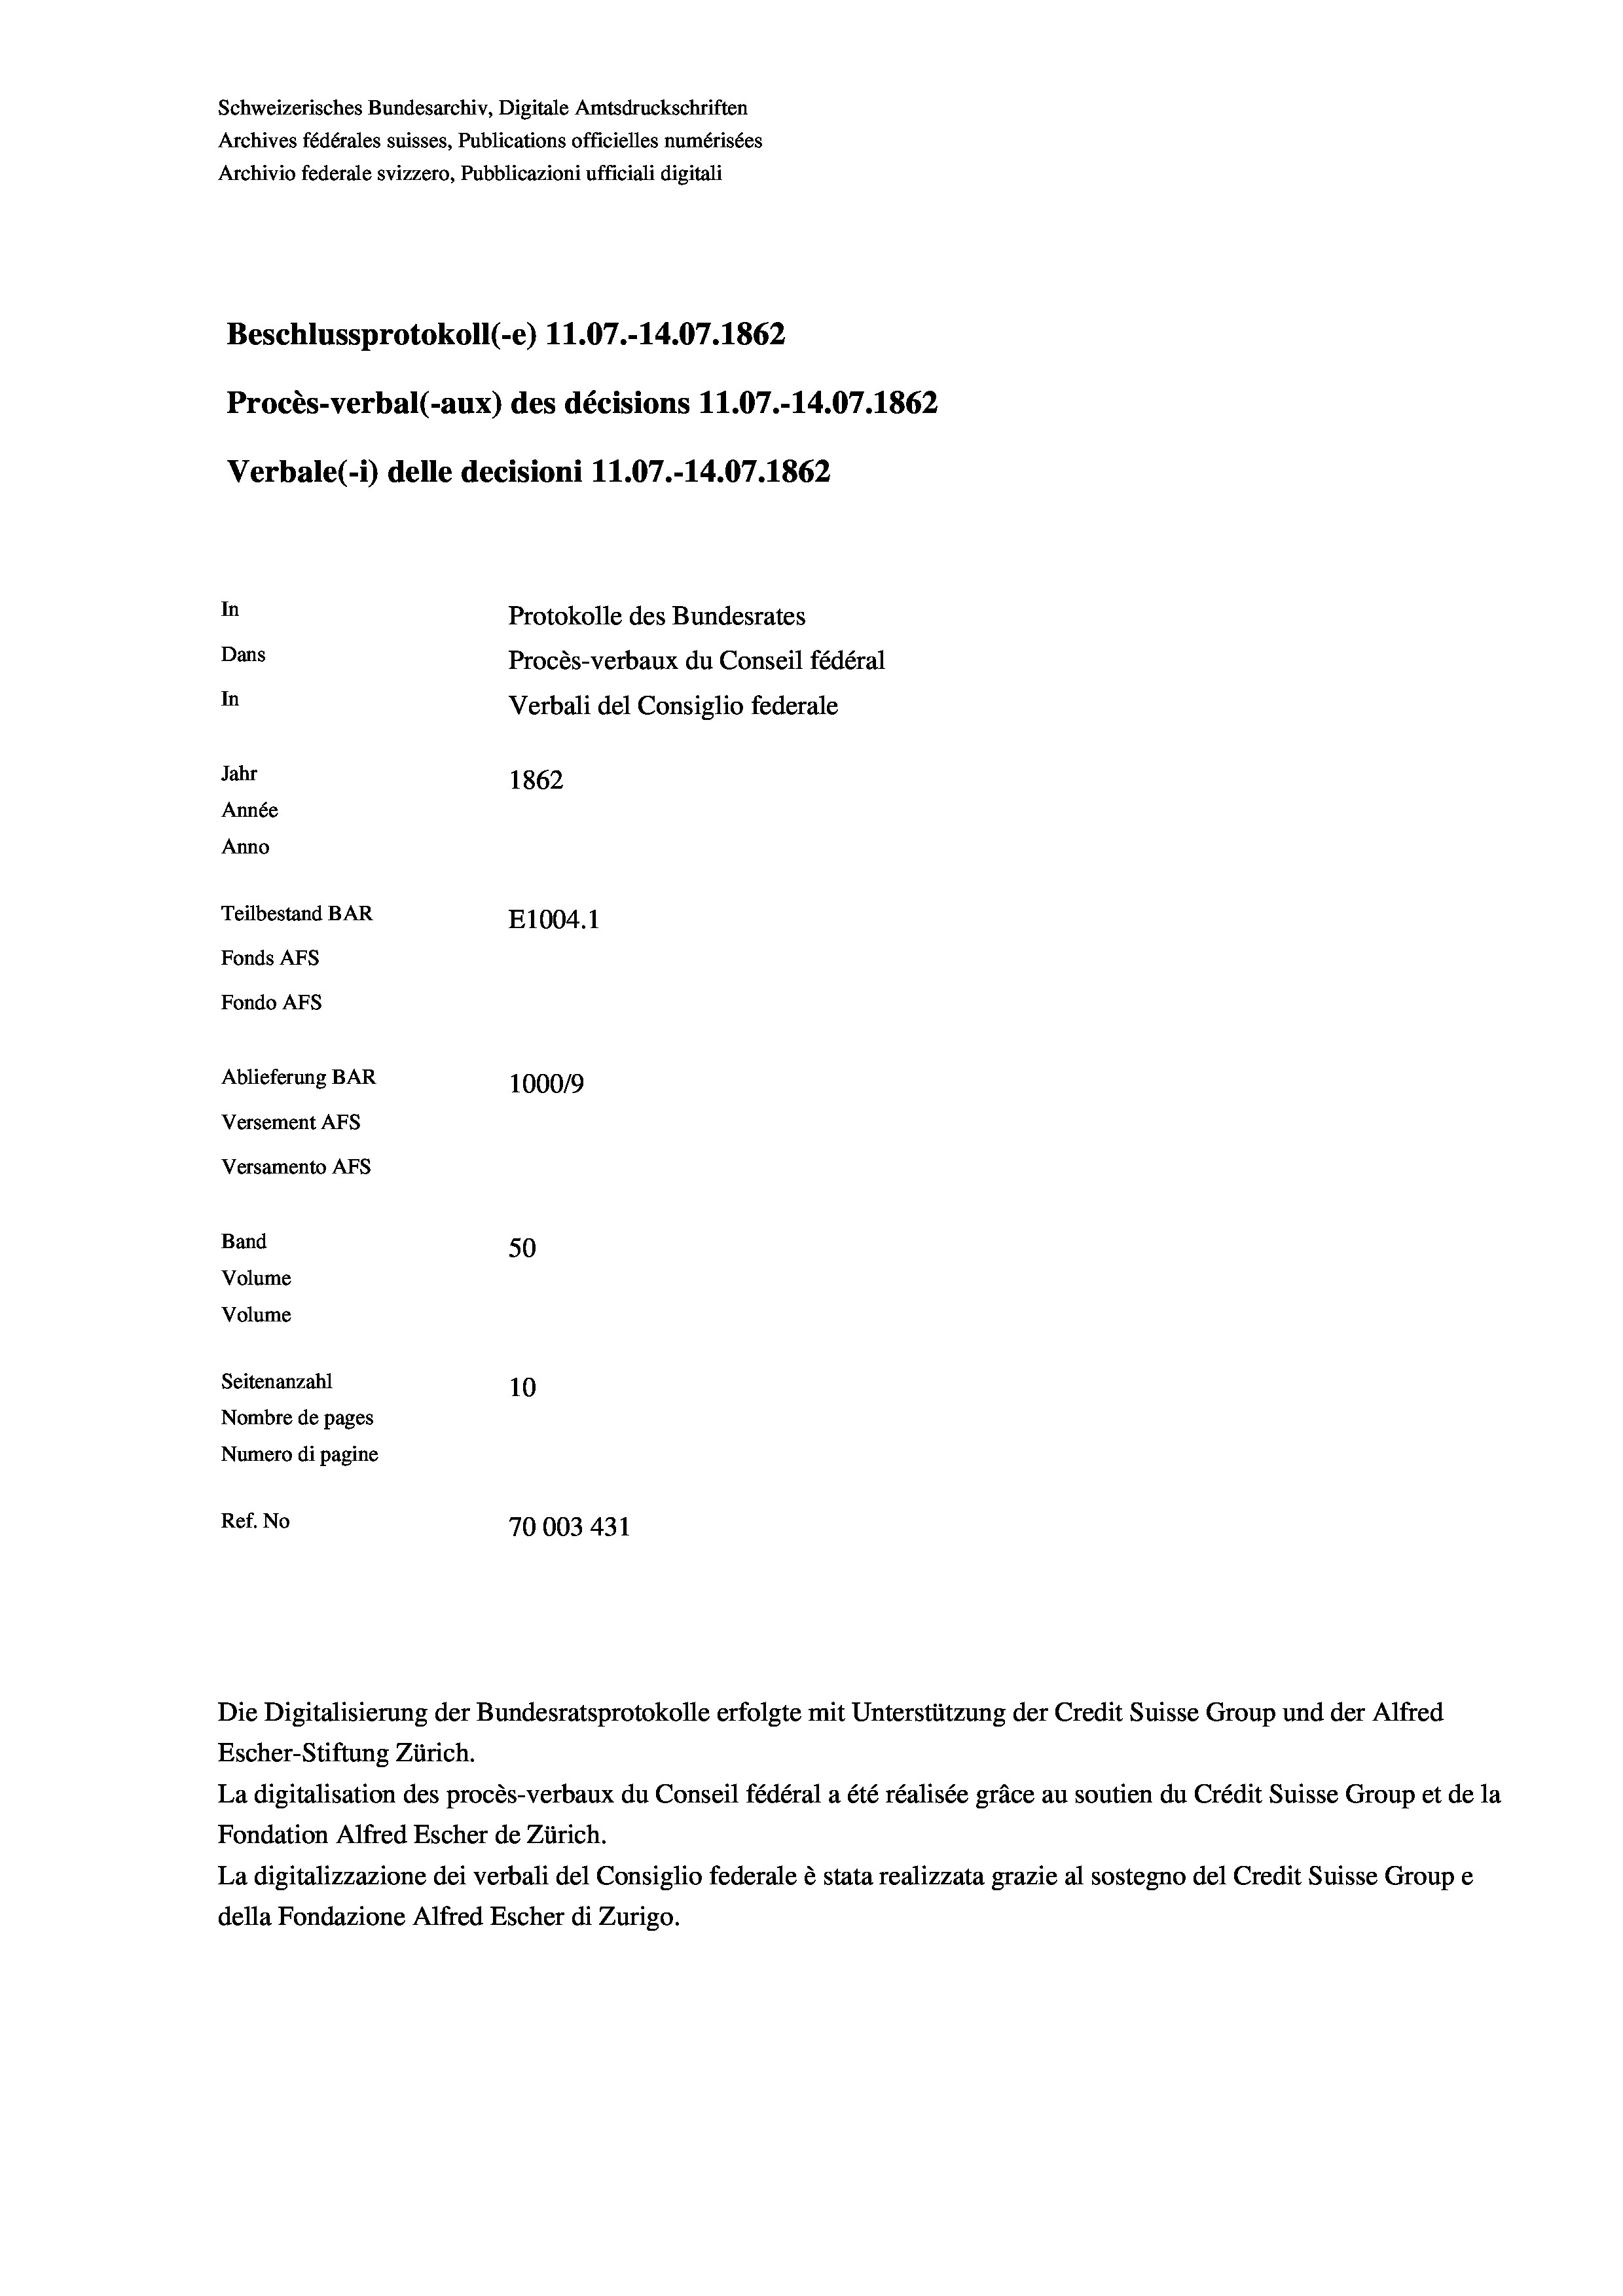
Schweizerisches Bundesarchiv, Digitale Amtsdruckschriften
Archives fédérales suisses, Publications officielles numérisées
Archivio federale svizzero, Pubblicazioni ufficiali digitali
Beschlussprotokoll (-e) 11.07.-14.07. 1862
Procès-verbal (-aux) des décisions 11.07.-14.07. 1862
Verbale(-*) delle decisioni 11.07.-14.07. 1862
In
Protokolle des Bundesrates
Dans
Procès-verbaux du Conseil fédéral
In
Verbali del Consiglio federale
Jahr
1862
Année
Anno
Teilbestand BAR
E1004. 1
Fonds AFs
Fondo AFs
Ablieferung BAR
100019
Versement AFS
Versamento AFS
Band
50
Volume
Volume
Seitenanzahl
10
Nombre de pages
Numero di pagine
Ref. No
70003 431

Escher-Stiftung Zürich.
La digitalisation des procès-verbaux du Conseil fédéral a été réalisée gräce au soutien du Crédit Suisse Group et de la
Fondation Alfred Escher de Zürich.
La digitalizzazione dei verbali del Consiglio federale è stata realizzata grazie al sostegno del Credit Suisse Groupe
della Fondazione Alfred Escher di Zurigo.

Die Digitalisierung der Bundesratsprotokolle erfolgte mit Unterstützung der Credit Suisse Group und der Alfred